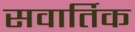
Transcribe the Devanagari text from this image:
सवार्तिक